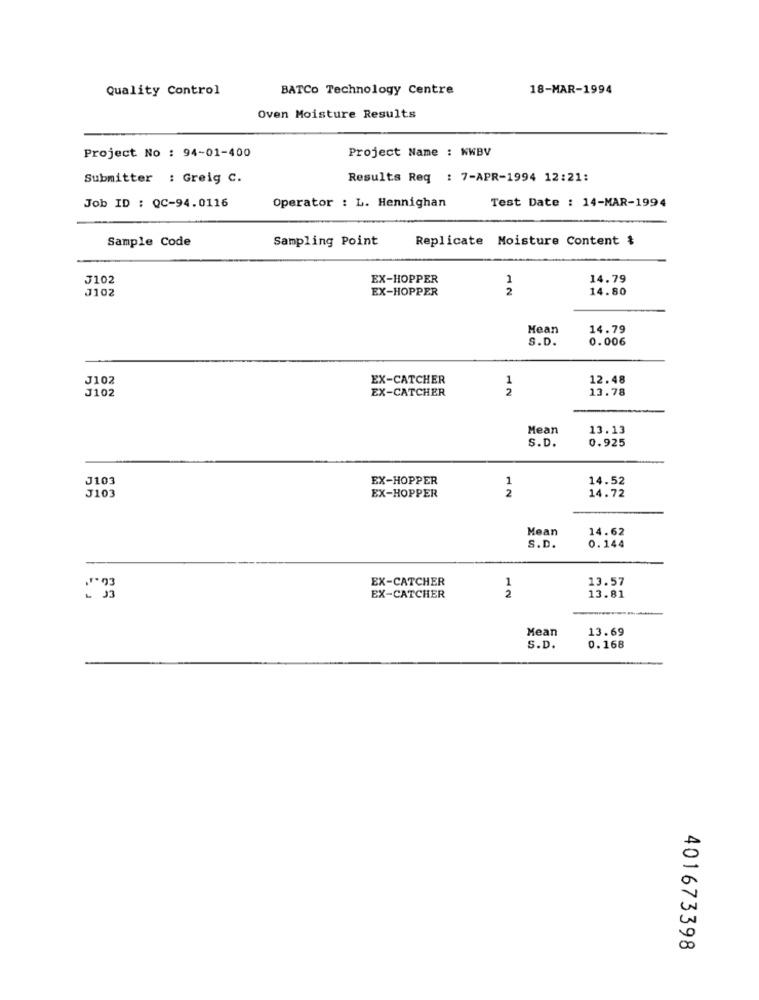
Quality Control
BATCo Technology Centre
18-MAR-1994
Oven Moisture Results
Project No : 94-01-400
Project Name : KWBV
Submitter : Greig C.
Results Req : 7-APR-1994 12:21:
Test Date : 14-MAR-1994
Job ID : QC-94.0116
Operator : L. Hennighan
Sample Code
Sampling Point
Replicate Moisture Content &
J102
EX-HOPPER
1
14.79
J102
EX-HOPPER
2
14.80
Mean
14.79
S.D.
0.006
J102
EX-CATCHER
1
12.48
J102
EX-CATCHER
2
13.78
Mean
13.13
S.D.
0.925
J103
EX-HOPPER
1
14.52
J103
2
EX-HOPPER
14.72
Mean
14.62
S.D.
0.144
EX-CATCHER
** 93
2
1
13.57
EX-CATCHER
13.81
Mean
13.69
S.D.
0.168
401673398